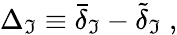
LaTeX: \Delta_{\mathfrak{I}}\equiv{\bar{{\delta}}}_{\mathfrak{I}}-\tilde{{\delta}}_{\mathfrak{I}}\; ,